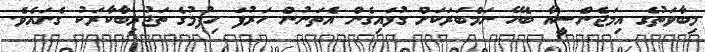
މިބާވަތުގެ އިމަޖެންސީއާ ބެހޭ ނަމްބަރަކަށް ގުޅައިގެން އެތަނުން ހަރުފަ ހިފުމުގެ ތަޖުރިބާކާރަކު ގެނައެވެ.